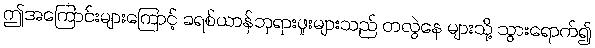
ဤအကြောင်းများကြောင့် ခရစ်ယာန်ဘုရားဖူးများသည် တလွဲနေ များသို့ သွားရောက်၍